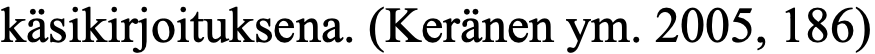
käsikirjoituksena. (Keränen ym. 2005, 186)